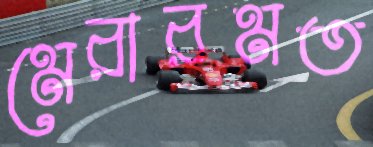
মেরারমত